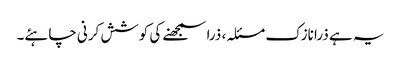
یہ ہے ذرا نازک مسئلہ، ذرا سمجھنے کی کوشش کرنی چاہئے۔